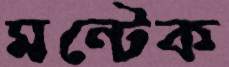
মন্টেক